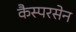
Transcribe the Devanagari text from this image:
कैस्परसेन